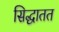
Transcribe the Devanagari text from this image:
सिद्धातत